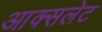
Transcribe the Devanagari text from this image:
आक्सलेट